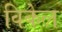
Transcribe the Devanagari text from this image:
विकेल